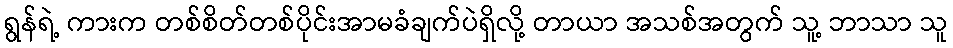
ရွန်ရဲ့ ကားက တစ်စိတ်တစ်ပိုင်းအာမခံချက်ပဲရှိလို့ တာယာ အသစ်အတွက် သူ့ ဘာသာ သူ